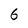
Character: 6